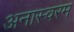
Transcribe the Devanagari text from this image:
अनास्वरम